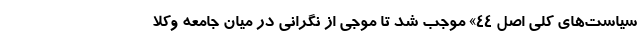
سیاست‌های کلی اصل 44» موجب شد تا موجی از نگرانی در میان جامعه وکلا